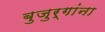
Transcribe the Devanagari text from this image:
बुजुर्गांना